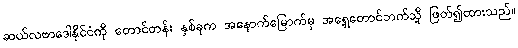
ဆယ်လဗာဒေါနိုင်ငံကို တောင်တန်း နှစ်ခုက အနောက်မြောက်မှ အရှေ့တောင်ဘက်သို့ ဖြတ်၍ထားသည်။